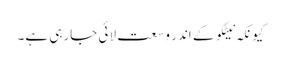
کیونکہ نیٹکو کے اندر وسعت لائی جارہی ہے۔